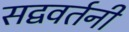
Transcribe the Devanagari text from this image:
सद्ववर्तनी